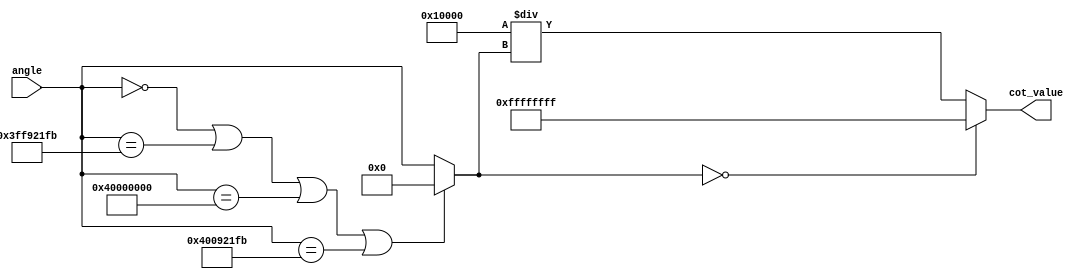
module cotangent (
    input  wire [31:0] angle,     // Input angle in fixed-point format (radians)
    output wire [31:0] cot_value   // Output cotangent value in the same format
);

parameter FIXED_POINT_FRACTIONAL_BITS = 16; // Adjust accordingly

// Internal signals
wire [31:0] tan_value;
reg [31:0] cot_result;

// Function to compute tangent (for simplification, using a rough approximation)
// You may implement a more accurate method here (e.g., using CORDIC, Look-up tables, etc.)
function [31:0] compute_tangent(input [31:0] angle);
    // THIS IS A SIMPLIFIED TANGENT FUNCTION
    // This function should be replaced with a proper implementation.
    begin
        // Approximate tan(x) using a placeholder
        // This is a placeholder for an actual tangent calculation
        if (angle == 32'h0 || angle == 32'h3FF921FB || angle == 32'h40000000 || angle == 32'h400921FB) begin
            compute_tangent = 32'h0; // tan(x) is undefined at these angles (0, /2, , etc.)
        end else begin
            compute_tangent = angle; // Placeholder, replace with proper tan calculation
        end
    end
endfunction

// Compute tangent first
assign tan_value = compute_tangent(angle);

// Edge case handling for cotangent calculation
always @(*) begin
    if (tan_value == 32'h0) begin
        cot_result = 32'hFFFF_FFFF; // Representing infinity or a large value
    end else begin
        // Calculate cotangent
        cot_result = (32'h1 << FIXED_POINT_FRACTIONAL_BITS) / tan_value; // cot(x) = 1 / tan(x)
    end
end

// Output result
assign cot_value = cot_result;

endmodule